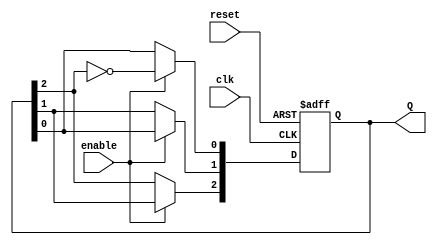
module JohnsonCounter (
    input wire clk,          // Clock input
    input wire reset,        // Asynchronous reset
    input wire enable,       // Enable input
    output reg [2:0] Q       // 3-bit output
);

    // Sequential logic for the Johnson counter
    always @(posedge clk or posedge reset) begin
        if (reset) begin
            Q <= 3'b000;      // Reset state
        end else if (enable) begin
            // Johnson counter logic
            Q[0] <= ~Q[2];    // Invert the last flip-flop's output and feed it to the first flip-flop
            Q[1] <= Q[0];     // Shift the output of the first flip-flop to the second
            Q[2] <= Q[1];     // Shift the output of the second flip-flop to the third
        end
    end

endmodule